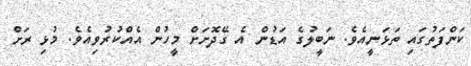
ކަންފަތުގައި ތަޅަނީއެވެ. ނަބީލުގެ އަޑުން އެ ގޭދޮށަށް މީހުން އެއްކުރުވިއެވެ. މުޅި ރަށް